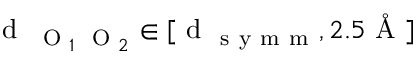
\textrm { d } _ { \mathrm { ~ \scriptsize ~ O ~ } _ { 1 } \mathrm { ~ \scriptsize ~ O ~ } _ { 2 } } \in [ \mathrm { ~ d ~ } _ { \mathrm { ~ s ~ y ~ m ~ m ~ } } , 2 . 5 \mathrm { ~ \AA ~ } ]